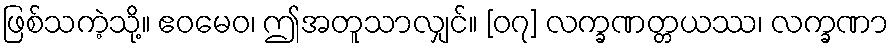
ဖြစ်သကဲ့သို့။ ဧဝမေဝ၊ ဤအတူသာလျှင်။ [၀၇] လက္ခဏတ္တယဿ၊ လက္ခဏာ